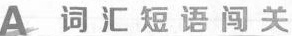
A 词 汇 短 语 闯 关